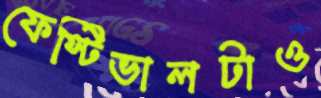
ফেস্টিভালটাও